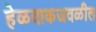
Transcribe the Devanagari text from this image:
हेळवाकजवळील